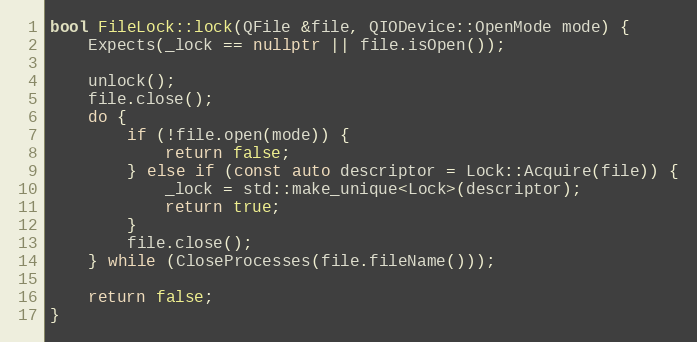
Language: C++
bool FileLock::lock(QFile &file, QIODevice::OpenMode mode) {
	Expects(_lock == nullptr || file.isOpen());

	unlock();
	file.close();
	do {
		if (!file.open(mode)) {
			return false;
		} else if (const auto descriptor = Lock::Acquire(file)) {
			_lock = std::make_unique<Lock>(descriptor);
			return true;
		}
		file.close();
	} while (CloseProcesses(file.fileName()));

	return false;
}